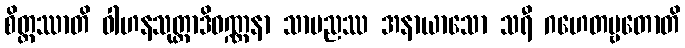
စိတ္တဿာတိ ဝါဟနသုတ္တာဒိဝဏ္ဏနာ သာမညဿ အနာယာသော သရီ ဂဟေတဗ္ဗတောတိ